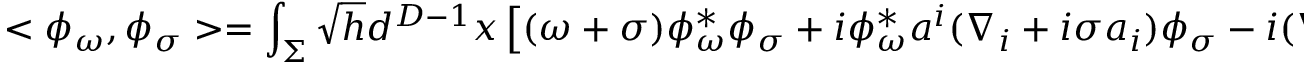
< \phi _ { \omega } , \phi _ { \sigma } > = \int _ { \Sigma } \sqrt { h } d ^ { D - 1 } x \left[ ( \omega + \sigma ) \phi _ { \omega } ^ { * } \phi _ { \sigma } + i \phi _ { \omega } ^ { * } a ^ { i } ( \nabla _ { i } + i \sigma a _ { i } ) \phi _ { \sigma } - i ( \nabla _ { i } - i \omega a _ { i } ) \phi _ { \omega } ^ { * } a ^ { i } \phi _ { \sigma } \right] ~ ~ ~ ,